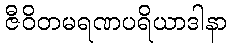
ဇီဝိတမရဏပရိယာဒါနာ